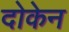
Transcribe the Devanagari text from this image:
दोकेन